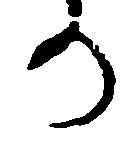
り